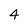
Character: 4